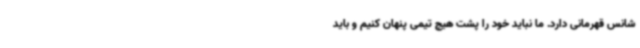
شانس قهرمانی دارد. ما نباید خود را پشت هیچ تیمی پنهان کنیم و باید